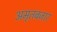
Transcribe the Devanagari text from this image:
अमृतबजार